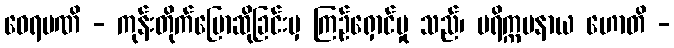
ဝေရမဏိ - ကုန်းတိုက်ပြောဆိုခြင်းမှ ကြဉ်ရှောင်မှု သည်၊ ပရိက္ကမနာယ ဟောတိ -